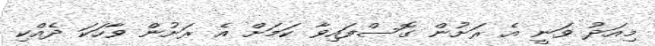
މިއަދު ވަނީ އެ ރަށުން ގޮސްފައިވާ ކަމަށް އެ ރަށުން ވާހަކަ ދެއްކި